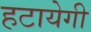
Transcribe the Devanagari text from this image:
हटायेगी